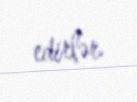
edirlər.